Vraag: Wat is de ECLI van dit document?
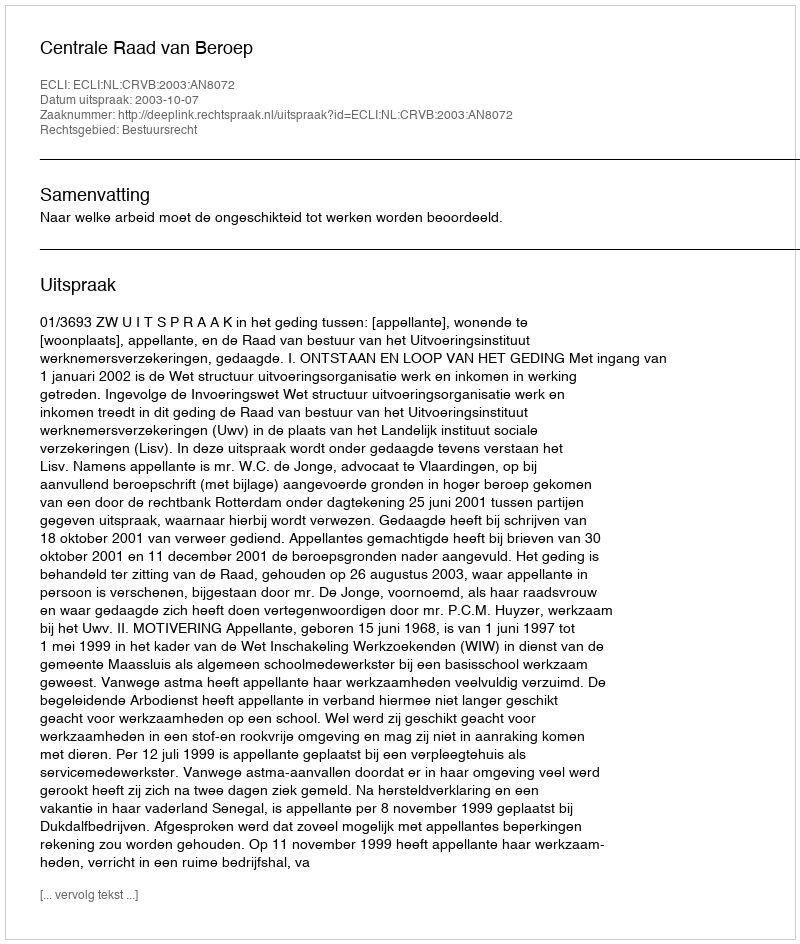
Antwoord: ECLI:NL:CRVB:2003:AN8072